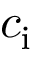
c _ { \mathrm { i } }